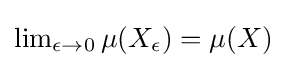
{\textstyle \lim _{\epsilon \to 0}\mu (X_{\epsilon })=\mu (X)}